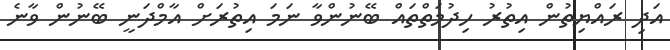
އަދި ރައްޔިތުން އިތުރު ހިދުމަތްތައް ބޭނުންވާ ނަމަ އިތުރަށް އާމްދަނީ ބޭނުން ވާނެ